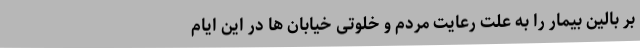
بر بالین بیمار را به علت رعایت مردم و خلوتی خیابان ها در این ایام